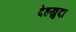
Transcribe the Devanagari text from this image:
देहखुदा